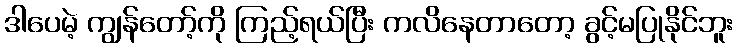
ဒါပေမဲ့ ကျွန်တော့်ကို ကြည့်ရယ်ပြီး ကလိနေတာတော့ ခွင့်မပြုနိုင်ဘူး